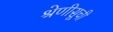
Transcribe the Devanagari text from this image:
श्रेणीसूची